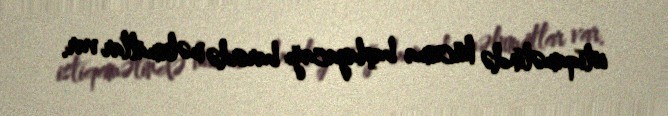
istiqamətində hücuma başlayacağı barədə məlumatlar var.